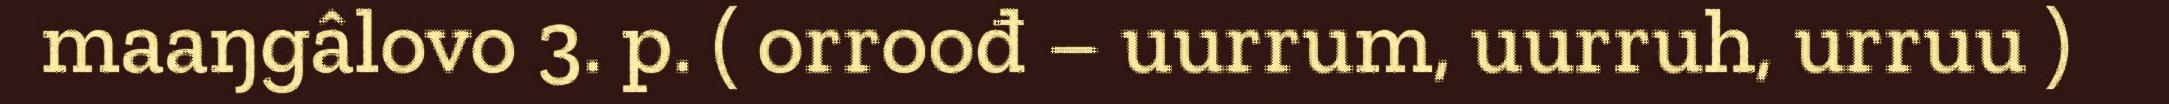
maaŋgâlovo 3. p. ( orroođ – uurrum, uurruh, urruu )